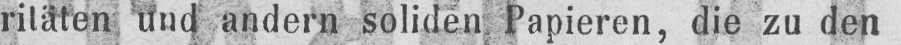
ritäten und andern soliden Papieren, die zu den